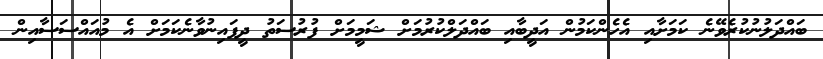
ބައްދަލުނުކުރެވޭނެ ކަމަށާއި އެހެންކަމުން އަދީބާއި ބައްދަލްކުރުމަށް ޝަމީމަށް ފުރުސަތު ދީފައިނުވާނެކަމަށް އެ މުއައްސަސާއިން